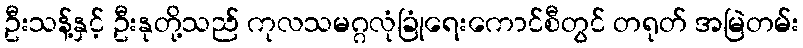
ဦးသန့်နှင့် ဦးနုတို့သည် ကုလသမဂ္ဂလုံခြုံရေးကောင်စီတွင် တရုတ် အမြဲတမ်း